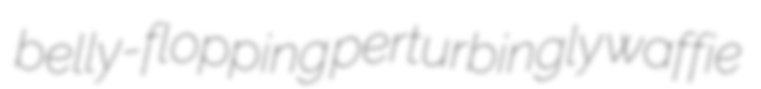
belly-flopping perturbingly waffie